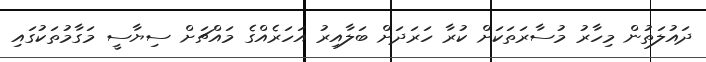
ދައުލަތުން މިހާރު މުސާރަތަކަށް ކުރާ ހަރަދަށް ބަލާއިރު އަހަރެއްގެ މައްޗަށް ސިޔާސީ މަގާމުތަކުގައި